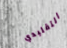
التقليدي